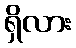
ရှိလား